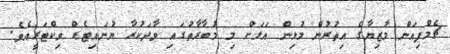
ޗެމްޕިއަން މާޒިޔާގެ އިތުރުން މުޅިން އަލަށް މި މުބާރާތުގައި ވާދަކުރާ ޔުނައިޓެޑް ވިކްޓަރީއެވެ.